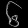
Digit: ၆